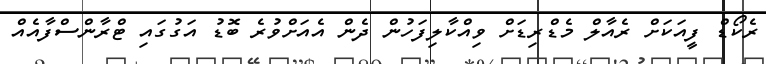
ރެކޯޑް ފީއަކަށް ރެއާލް މެޑްރިޑަށް ވިއްކާލިފަހުން ދެން އެއަށްވުރެ ބޮޑު އަގުގައި ޓްރާންސްފާއެއް